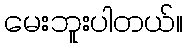
မေးဘူးပါတယ်။